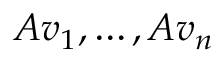
A v _ { 1 } , \ldots , A v _ { n }